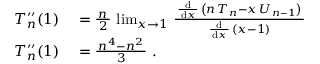
\begin{array} { r l } { T _ { n } ^ { \prime \prime } ( 1 ) } & { { } = { \frac { \, n \, } { 2 } } \, \operatorname* { l i m } _ { x \to 1 } \, { \frac { \, { \frac { \mathrm { d } } { \, \mathrm { d } x \, } } \, \left( n \, T _ { n } - x \, U _ { n - 1 } \right) \, } { \, { \frac { \mathrm { d } } { \, \mathrm { d } x \, } } \, ( x - 1 ) \, } } } \\ { T _ { n } ^ { \prime \prime } ( 1 ) } & { { } = { \frac { \, n ^ { 4 } - n ^ { 2 } \, } { 3 } } ~ . } \end{array}